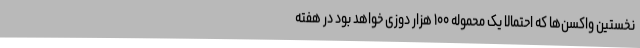
نخستین واکسن‌ها که احتمالا یک محموله ۱۰۰ هزار دوزی خواهد بود در هفته